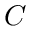
C